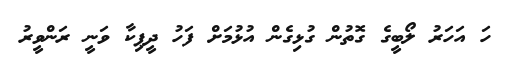
ހަ އަހަރު ލޯބީގެ ގޮތުން ގުޅިގެން އުޅުމަށް ފަހު ދީޕިކާ ވަނީ ރަންވީރު